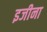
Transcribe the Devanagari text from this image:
इजीना